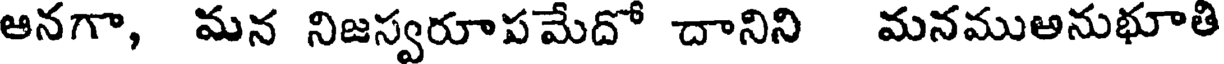
ఆనగా, మన నిజస్వరూపమేదో దానిని మనముఅనుభూతి